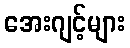
အေးဂျင့်များ